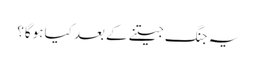
یہ جنگ جیتنے کے بعد کیا ہوگا؟